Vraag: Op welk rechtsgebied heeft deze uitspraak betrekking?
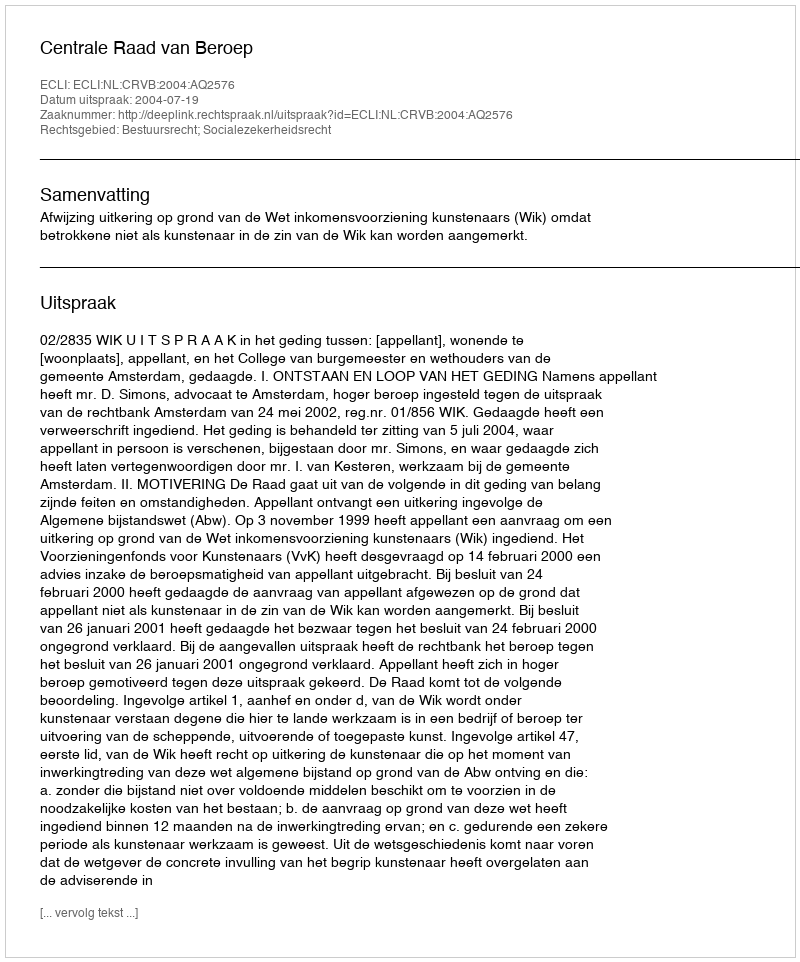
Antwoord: Bestuursrecht; Socialezekerheidsrecht